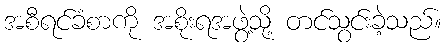
အစီရင်ခံစာကို အစိုးရအဖွဲ့သို့ တင်သွင်းခဲ့သည်။